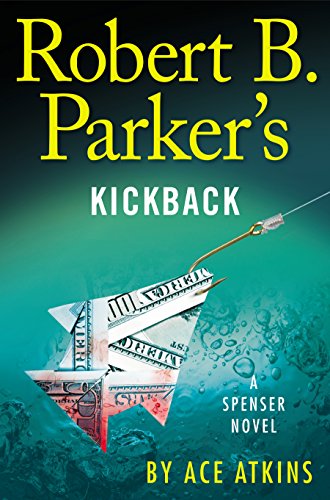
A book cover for Robert B. Parker's Kickback (Spenser); Ace Atkins; Mystery, Thriller & Suspense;